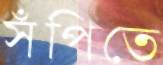
সঁপিতে